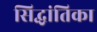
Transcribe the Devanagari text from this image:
सिद्धांतिका